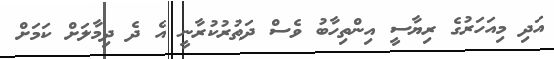
އަދި މިއަހަރުގެ ރިޔާސީ އިންތިހާބު ވެސް ދަތުރުކުރާނީ އެ ދެ ދިމާލަށް ކަމަށް